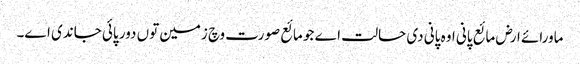
ماورائے ارض مائع پانی اوہ پانی دی حالت اے جو مائع صورت وچ زمین تو‏ں دور پائی جاندی ا‏‏ے۔